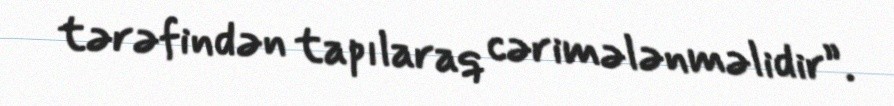
tərəfindən tapılaraq cərimələnməlidir”.